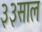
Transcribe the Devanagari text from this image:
३३साल